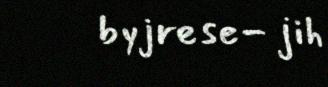
byjrese- jih